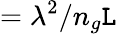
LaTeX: =\lambda^{2}/n_{g}\mathtt{L}